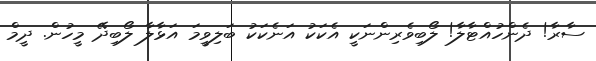
ސާރާ! ދެންހުއްޓާލާ! ލޯބިވެރިންނަކީ އެކަކު އަނެކަކު ބަލިވީމަ އަޅާލާ ލޯބިދޭ މީހުން. ދީމް